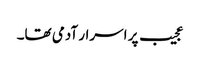
عجیب پر اسرار آدمی تھا۔